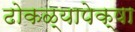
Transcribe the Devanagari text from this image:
ढोकळ्यापेक्षा